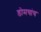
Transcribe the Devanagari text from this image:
डोमचांच